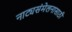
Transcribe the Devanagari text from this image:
नाट्यसंमेलनासाठी